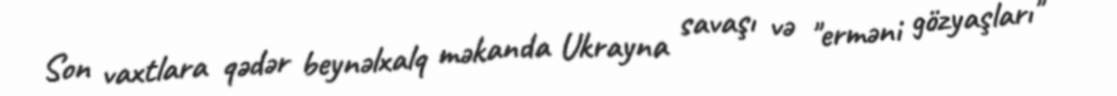
Son vaxtlara qədər beynəlxalq məkanda Ukrayna savaşı və "erməni gözyaşları"